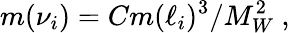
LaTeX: m(\nu_{i})=Cm(\ell_{i})^{3}/M_{W}^{2}\ ,